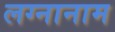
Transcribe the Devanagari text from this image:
लग्नानाम